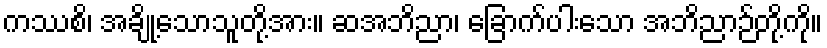
ကဿစိ၊ အချို့သောသူတို့အား။ ဆအဘိညာ၊ ခြောက်ပါးသော အဘိညာဉ်တို့ကို။